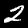
Label: 2